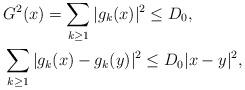
LaTeX: \begin{align*}& G^2(x)=\sum_{k\ge1}|g_k(x)|^2\le D_0, \\&\sum_{k\ge1}|g_k(x )-g_k(y)|^2\le D_0 |x-y|^2, \end{align*}